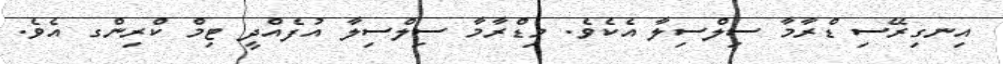
އިނގިރޭސި ޑްރާމާ ސިލްސިލާ އެކެވެ. މިޑްރާމާ ސިލްސިލާ އުފެއްދީ ޓިމް ކްރިންގ އެވެ.